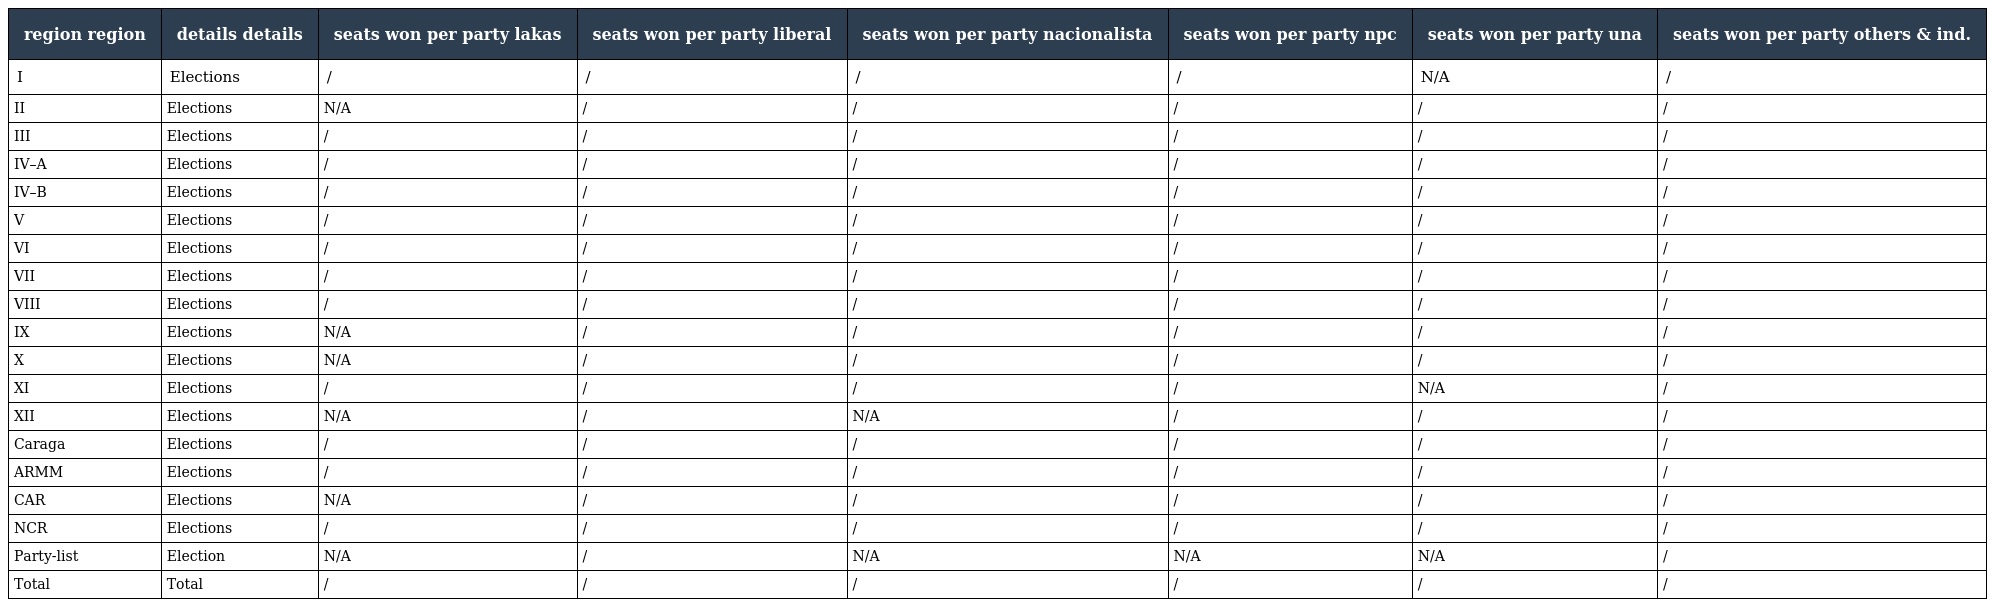
| region region | details details | seats won per party lakas | seats won per party liberal | seats won per party nacionalista | seats won per party npc | seats won per party una | seats won per party others & ind. |
 | --- | --- | --- | --- | --- | --- | --- | --- |
 | I | Elections | / | / | / | / | N/A | / |
 | II | Elections | N/A | / | / | / | / | / |
 | III | Elections | / | / | / | / | / | / |
 | IV–A | Elections | / | / | / | / | / | / |
 | IV–B | Elections | / | / | / | / | / | / |
 | V | Elections | / | / | / | / | / | / |
 | VI | Elections | / | / | / | / | / | / |
 | VII | Elections | / | / | / | / | / | / |
 | VIII | Elections | / | / | / | / | / | / |
 | IX | Elections | N/A | / | / | / | / | / |
 | X | Elections | N/A | / | / | / | / | / |
 | XI | Elections | / | / | / | / | N/A | / |
 | XII | Elections | N/A | / | N/A | / | / | / |
 | Caraga | Elections | / | / | / | / | / | / |
 | ARMM | Elections | / | / | / | / | / | / |
 | CAR | Elections | N/A | / | / | / | / | / |
 | NCR | Elections | / | / | / | / | / | / |
 | Party-list | Election | N/A | / | N/A | N/A | N/A | / |
 | Total | Total | / | / | / | / | / | / |